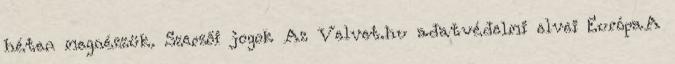
héten megnézzük. Szerzői jogok Az Velvet.hu adatvédelmi elvei EurópaA